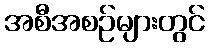
အစီအစဉ်များတွင်